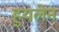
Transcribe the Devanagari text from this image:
हुयलेन